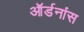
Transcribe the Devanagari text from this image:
ऑर्डनांस